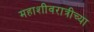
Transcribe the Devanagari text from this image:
महाशीवरात्रीच्या